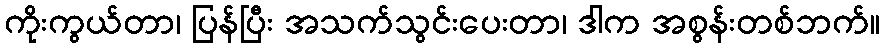
ကိုးကွယ်တာ၊ ပြန်ပြီး အသက်သွင်းပေးတာ၊ ဒါက အစွန်းတစ်ဘက်။